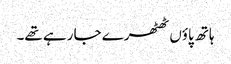
ہاتھ پاؤں ٹھٹھرے جا رہے تھے۔